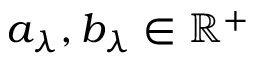
a _ { \lambda } , b _ { \lambda } \in \mathbb { R } ^ { + }